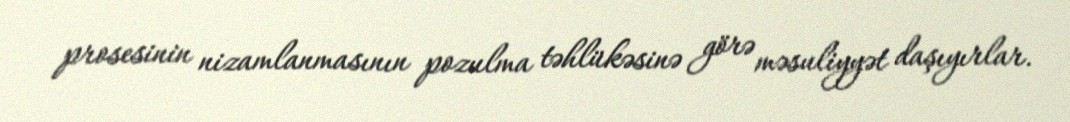
prosesinin nizamlanmasının pozulma təhlükəsinə görə məsuliyyət daşıyırlar.